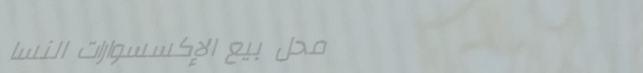
محل بيع الإكسسوارات النسا